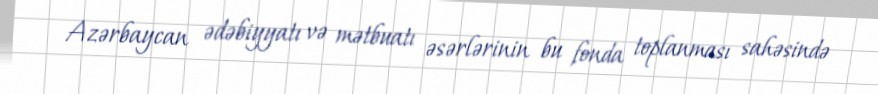
Azərbaycan ədəbiyyatı və mətbuatı əsərlərinin bu fonda toplanması sahəsində